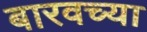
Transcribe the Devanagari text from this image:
बारवच्या